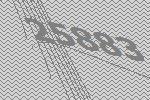
25883